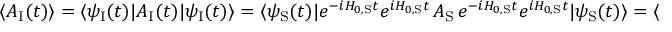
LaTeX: \langle A _ { \mathrm { I } } ( t ) \rangle = \langle \psi _ { \mathrm { I } } ( t ) | A _ { \mathrm { I } } ( t ) | \psi _ { \mathrm { I } } ( t ) \rangle = \langle \psi _ { \mathrm { S } } ( t ) | e ^ { - i H _ { 0 , { \mathrm { S } } } t } e ^ { i H _ { 0 , { \mathrm { S } } } t } \, A _ { \mathrm { S } } \, e ^ { - i H _ { 0 , { \mathrm { S } } } t } e ^ { i H _ { 0 , { \mathrm { S } } } t } | \psi _ { \mathrm { S } } ( t ) \rangle = \langle A _ { \mathrm { S } } ( t ) \rangle .